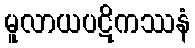
မူလာယပဋိကဿနံ